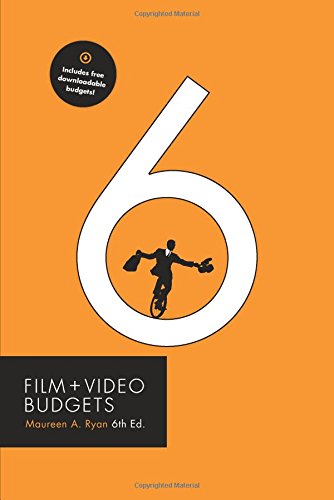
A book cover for Film and Video Budgets 6; Maureen Ryan; Humor & Entertainment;